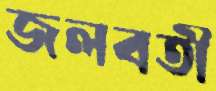
জলবতী